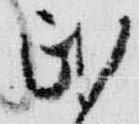
民